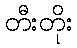
တီးတိုး